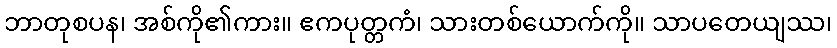
ဘာတုစပန၊ အစ်ကို၏ကား။ ဧကပုတ္တကံ၊ သားတစ်ယောက်ကို။ သာပတေယျဿ၊